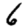
Digit: 6